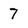
Character: 7